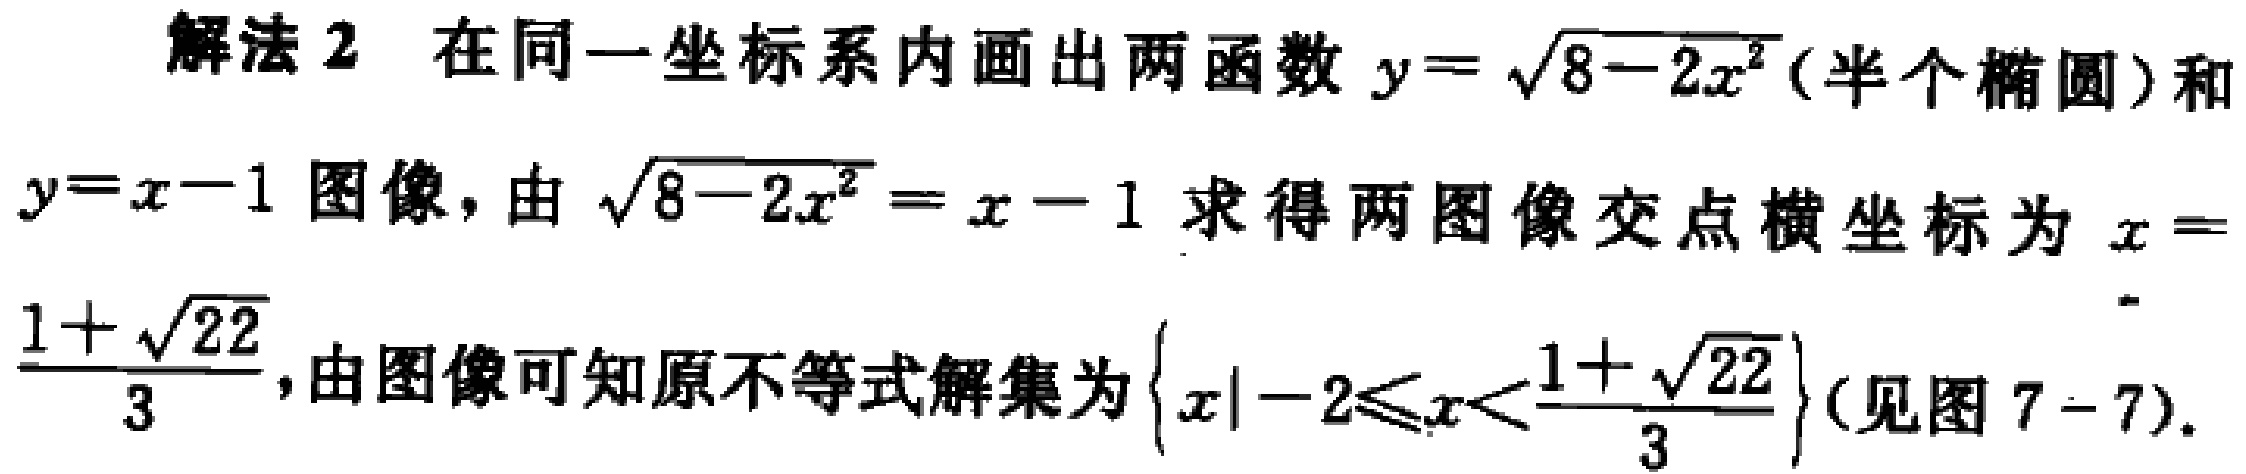
解法 2 在同一坐标系内画出两函数\(y = \sqrt{8 - 2x^{2}}\)（半个椭圆）和\(y = x - 1\)图像，由\(\sqrt{8 - 2x^{2}} = x - 1\)求得两图像交点横坐标为\(x = \frac{1 + \sqrt{22}}{3}\)，由图像可知原不等式解集为\(\left\{x\mid - 2\leqslant x<\frac{1 + \sqrt{22}}{3}\right\}\)（见图 7 - 7）。